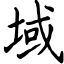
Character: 域